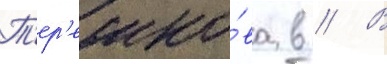
Т'ер'ешко́ва в // В